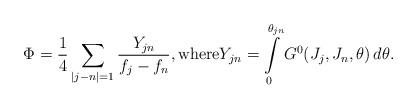
LaTeX: \begin{align*}\Phi=\frac14 \sum\limits_{|j-n|=1} \frac{Y_{jn}}{f_j-f_{n}}, \mbox{where} Y_{jn} = \int\limits_0^{\theta_{jn}} G^0(J_{j}, J_n, \theta) \, d\theta.\end{align*}